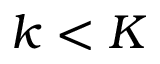
k < K